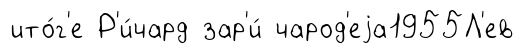
ито́г'е Р'и́чард зар'и́ чарод'еjа1955Л'ев